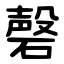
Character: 磬